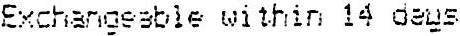
EXCHANGEABLE WITHIN 14 DAYS